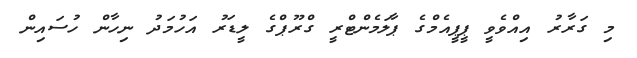
މި ގަރާރު އިއްވެވީ ޕީޕީއެމްގެ ޕާލަމެންޓްރީ ގްރޫޕްގެ ލީޑަރު އަހުމަދު ނިހާން ހުސައިން